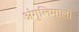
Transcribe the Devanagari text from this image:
अंगुलिमाल।